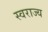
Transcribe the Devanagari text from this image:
स्‍वराज्य